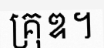
គ្រុឌ។